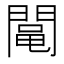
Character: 𨵜